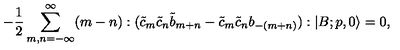
- \frac { 1 } { 2 } \sum _ { m , n = - \infty } ^ { \infty } ( m - n ) : ( \tilde { c } _ { m } \tilde { c } _ { n } \tilde { b } _ { m + n } - \tilde { c } _ { m } \tilde { c } _ { n } b _ { - ( m + n ) } ) : | B ; p , 0 \rangle = 0 ,